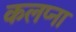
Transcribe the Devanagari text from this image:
कलप्ना